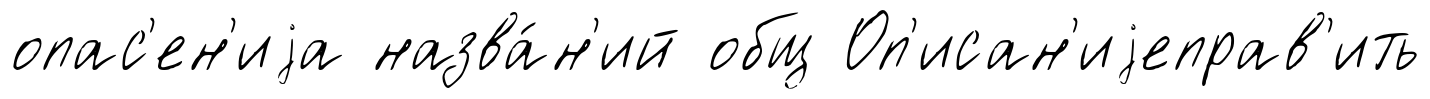
опас'ен'иjа назва́н'ий общ Оп'исан'иjеправ'ить